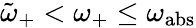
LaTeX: \tilde{\omega}_{+}<\omega_{+}\leq\omega_{\mathrm{abs}}